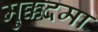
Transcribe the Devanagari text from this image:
मुक्कदमा